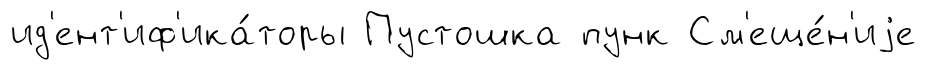
ид'ент'иф'ика́торы Пустошка пунк См'еще́н'иjе